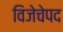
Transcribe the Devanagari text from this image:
विजेचेपद